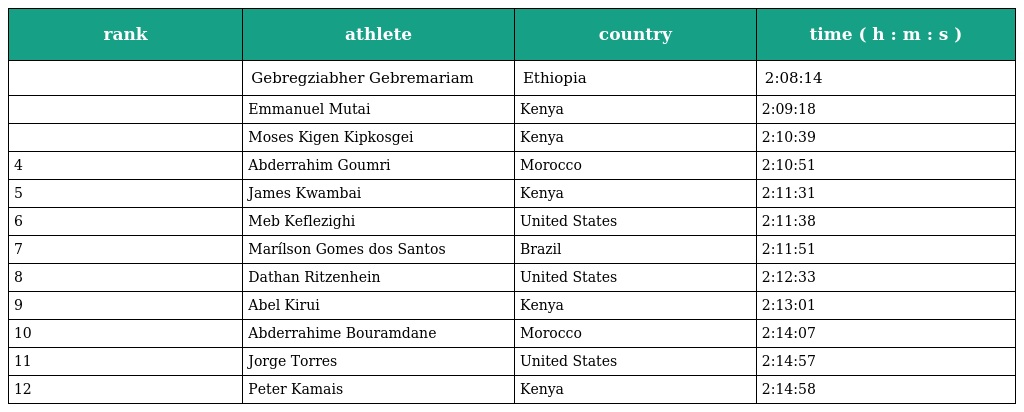
| rank | athlete | country | time ( h : m : s ) |
 | --- | --- | --- | --- |
 |  | Gebregziabher Gebremariam | Ethiopia | 2:08:14 |
 |  | Emmanuel Mutai | Kenya | 2:09:18 |
 |  | Moses Kigen Kipkosgei | Kenya | 2:10:39 |
 | 4 | Abderrahim Goumri | Morocco | 2:10:51 |
 | 5 | James Kwambai | Kenya | 2:11:31 |
 | 6 | Meb Keflezighi | United States | 2:11:38 |
 | 7 | Marílson Gomes dos Santos | Brazil | 2:11:51 |
 | 8 | Dathan Ritzenhein | United States | 2:12:33 |
 | 9 | Abel Kirui | Kenya | 2:13:01 |
 | 10 | Abderrahime Bouramdane | Morocco | 2:14:07 |
 | 11 | Jorge Torres | United States | 2:14:57 |
 | 12 | Peter Kamais | Kenya | 2:14:58 |